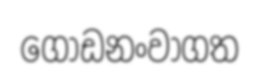
ගොඩනංවාගත